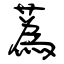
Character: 蒍